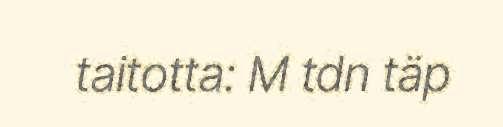
taitotta: M tdn täp